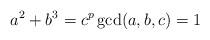
LaTeX: \begin{align*} a^2 + b^3 = c^p \gcd(a,b,c) = 1\end{align*}